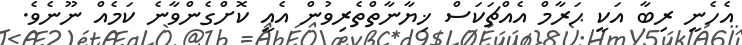
އެހެނީ ރިބާ އަކީ ޙަރާމް އެއްޗަކަސް ޚިޔާނާތްތެރިވުން އެއީ ކޮށްގެންވާނެ ކަމެއް ނޫނެވެ.